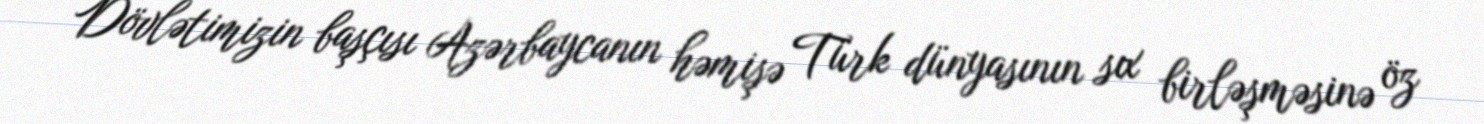
Dövlətimizin başçısı Azərbaycanın həmişə Türk dünyasının sıx birləşməsinə öz